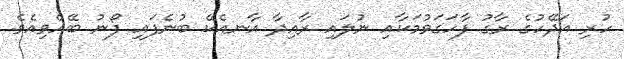
ހުރި އަދޭހުގެ ރާގު ފާހަގަވުމަކާއި ނުލައި ރާއިދާ އާނއެކޭ ބުނެފައި ފޯނު ބޭއްވިއެވެ.